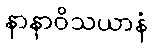
နာနာဝိသယာနံ